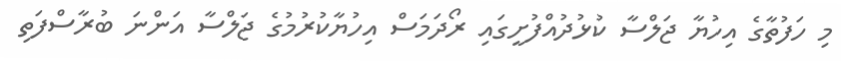
މި ހަފުތާގެ އިހުޔާ ޖަލްސާ ކުޅުދުއްފުށީގައި ރޯދަމަސް އިހުޔާކުރުމުގެ ޖަލްސާ އަންނަ ބުރާސްފަތި